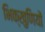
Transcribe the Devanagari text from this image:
भिक्खुणियों